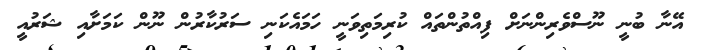
އޭނާ ބުނީ ނޫސްވެރިންނަށް ފިއްތުންތައް ކުރިމަތިވަނީ ހަމައެކަނި ސަރުކާރުން ނޫން ކަމަށާއި ޝަރުއީ